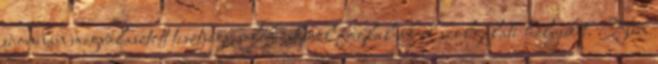
újonnan megválasztott tisztségviselők esküvel foglalják el szolgálati helyüket. Nem